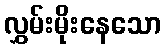
လွှမ်းမိုးနေသော